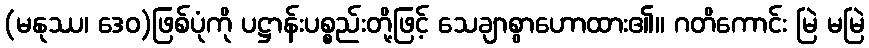
(မနုဿ၊ ဒေဝ)ဖြစ်ပုံကို ပဋ္ဌာန်းပစ္စည်းတို့ဖြင့် သေချာစွာဟောထား၏။ ဂတိကောင်း မြဲ မမြဲ